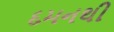
દમનથી